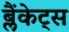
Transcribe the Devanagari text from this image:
ब्लैंकेट्स